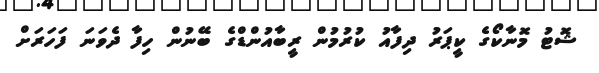
ޝޮޓު މޮނާކޯގެ ކީޕަރު ދިފާއު ކުރުމުން ރީބާއުންޑްގެ ބޭނުން ހިފާ ދެވަނަ ފަހަރަށް